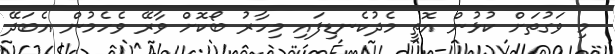
މި ވަގުތަށް ކުޅުން އޮތީ މެދުކެނޑިފައި މިހާރު ބޯކޮށް ވާރޭ ވެހެމުން އެބަދޭ